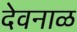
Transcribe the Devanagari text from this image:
देवनाळ